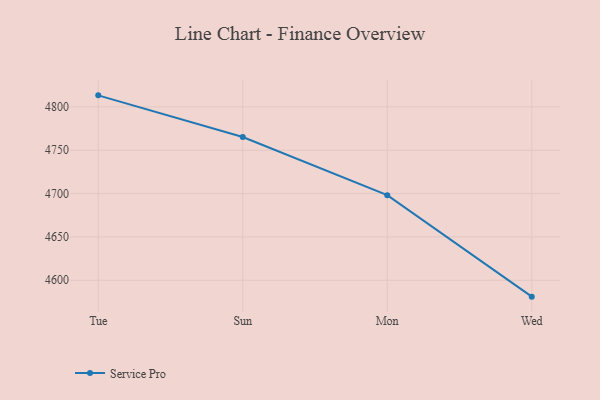
{"axis": {"x": "Day", "y": "LTV (USD)"}, "legend": ["Service Pro"], "data": [{"x": "Tue", "y": 4813.3, "type": "Service Pro"}, {"x": "Sun", "y": 4765.2, "type": "Service Pro"}, {"x": "Mon", "y": 4698.2, "type": "Service Pro"}, {"x": "Wed", "y": 4581.1, "type": "Service Pro"}]}